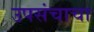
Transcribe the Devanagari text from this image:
उपसंचाचा